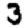
Digit: 3